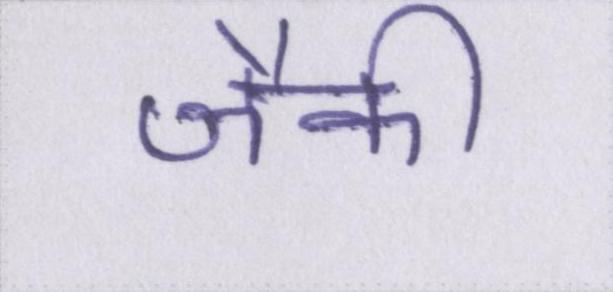
जैकी